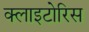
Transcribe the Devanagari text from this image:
क्लाइटोरिस